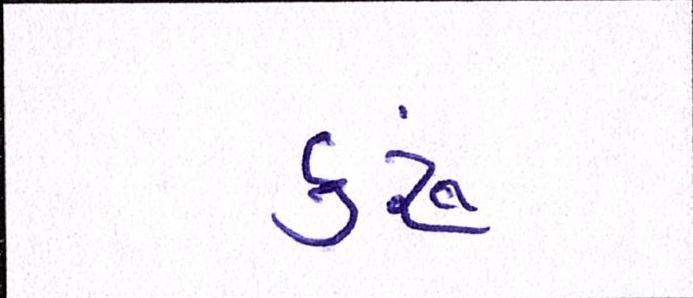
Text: કરૂં